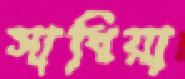
সাধিয়া